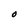
Character: O